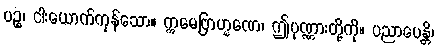
ပဉ္စ၊ ငါးယောက်ကုန်သော။ ဣမေဗြာဟ္မဏေ၊ ဤပုဏ္ဏားတို့ကို။ ပညာပေန္တိ၊